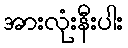
အားလုံးနီးပါး